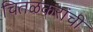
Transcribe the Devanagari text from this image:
चितळकरांची